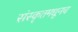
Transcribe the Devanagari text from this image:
संस्कृतमधूनच